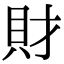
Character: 財